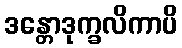
ဒန္တောဒုက္ခလိကာပိ